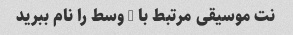
نت موسیقی مرتبط با C وسط را نام ببرید